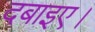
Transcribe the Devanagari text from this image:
दबाइए।